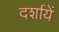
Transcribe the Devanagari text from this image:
दर्शायें